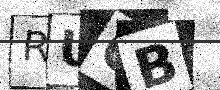
Text: RUQB